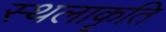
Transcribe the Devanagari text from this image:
स्‍थलाकृति